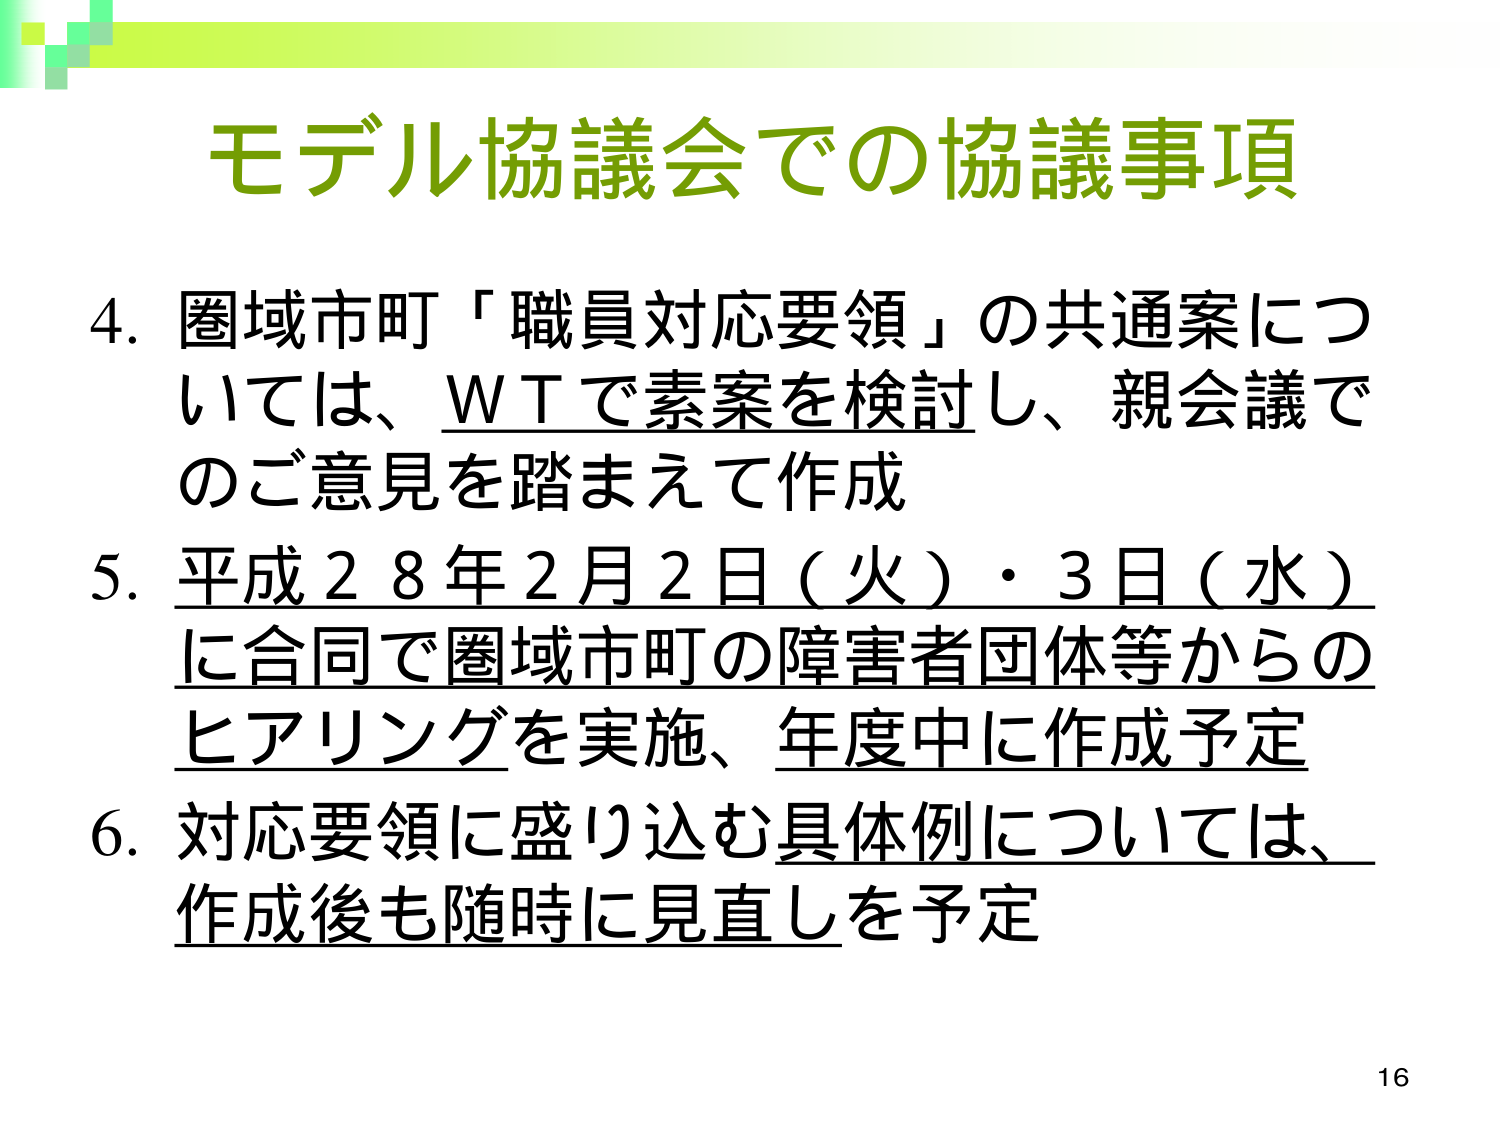
モデル協議会での協議事項

4. 圏域市町「職員対応要領」の共通案については、WTで素案を検討し、親会議でのご意見を踏まえて作成

5. 平成28年2月2日（火）・3日（水）に合同で圏域市町の障害者団体等からのヒアリングを実施、年度中に作成予定

6. 対応要領に盛り込む具体例については、作成後も随時に見直しを予定

16